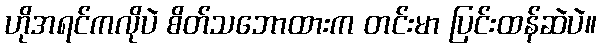
ဟိုအရင်ကလိုပဲ စိတ်သဘောထားက တင်းမာ ပြင်းထန်ဆဲပဲ။